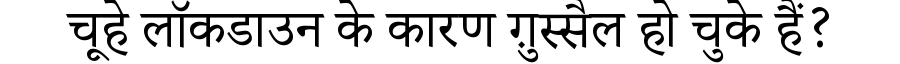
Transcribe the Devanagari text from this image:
चूहे लॉकडाउन के कारण ग़ुस्सैल हो चुके हैं?